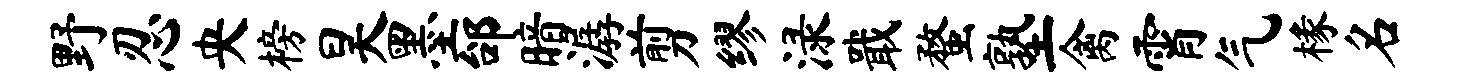
野忍央榜昊墨邰暗潺剪缪渌戢蝥塾禽霄气椽名